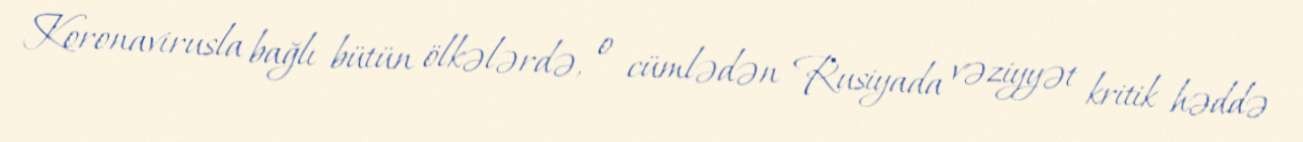
Koronavirusla bağlı bütün ölkələrdə, o cümlədən Rusiyada vəziyyət kritik həddə